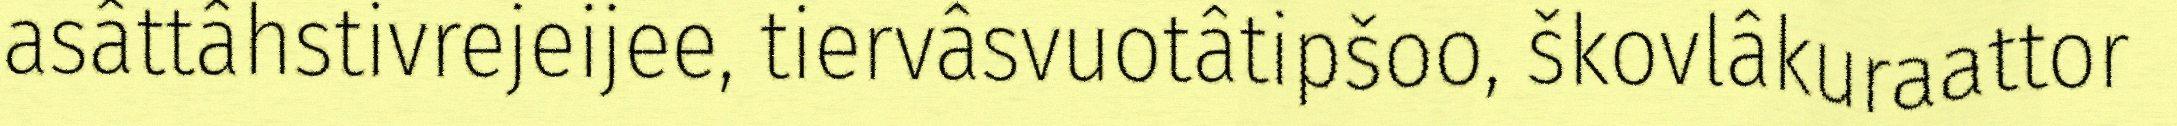
asâttâhstivrejeijee, tiervâsvuotâtipšoo, škovlâkuraattor